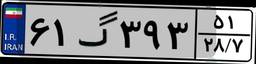
۶۱گ۳۹۳۵۱